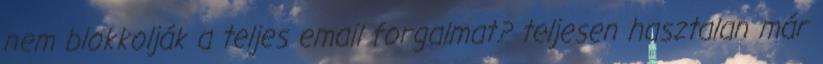
nem blokkolják a teljes email forgalmat? teljesen hasztalan már